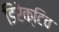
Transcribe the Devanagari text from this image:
डिरेक्टिव